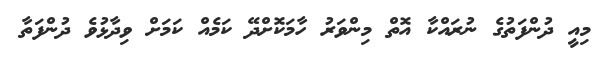
މިއީ ދުންފަތުގެ ނުރައްކާ އޮތް މިންވަރު ހާމަކޮށްދޭ ކަމެއް ކަމަށް ވިދާޅުވެ ދުންފަތާ